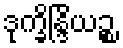
ဒုက္ခိန္ဒြိယဉ္စ